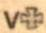
v+